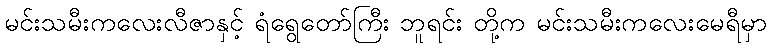
မင်းသမီးကလေးလီဇာနှင့် ရံရွေတော်ကြီး ဘူရင်း တို့က မင်းသမီးကလေးမေရီမှာ